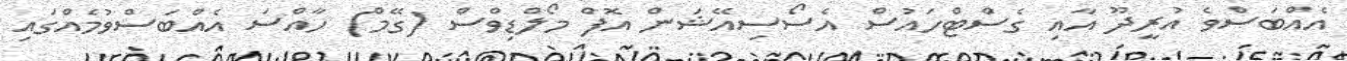
އެއްބަސްވެ އުރީދޫ އާއި ގެސްޓްހައުސް އެސޯސިއޭޝަން އޮފް މޯލްޑިވްސް (ގޭމް) ހާއްސަ އެއްބަސްވުމެއްގައި